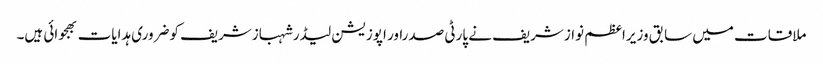
ملاقات میں سابق وزیراعظم نوازشریف نے پارٹی صدراور اپوزیشن لیڈرشہبازشریف کوضروری ہدایات بھجوائی ہیں۔